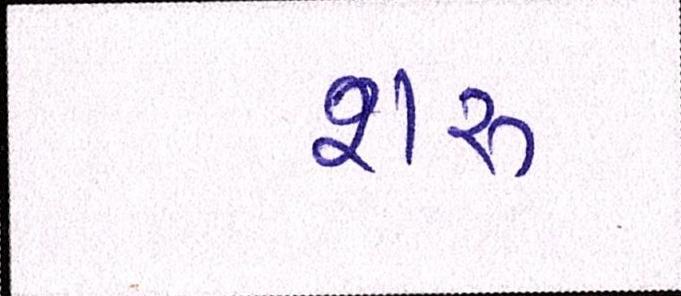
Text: શરૂ